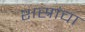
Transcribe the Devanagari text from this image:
शस्रांचा